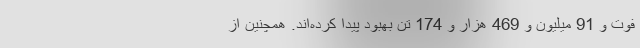
فوت و 91 میلیون و 469 هزار و 174 تن بهبود پیدا کرده‌اند. همچنین از